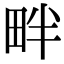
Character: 畔